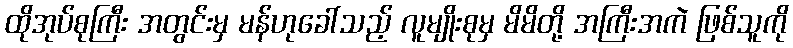
ထိုအုပ်စုကြီး အတွင်းမှ မန်ဟုခေါ်သည့် လူမျိုးစုမှ မိမိတို့ အကြီးအကဲ ဖြစ်သူကို